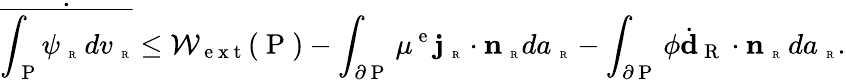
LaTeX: \dot{\overline{{\int_{\mathrm{~P~}}\! \psi_{\mathrm{~\tiny~R~}}\, dv_{\mathrm{~\tiny~R~}}}}}\le\mathcal{W}_{\mathrm{~e~x~t~}}(\mathrm{~P~})-\int_{\partial\mathrm{~P~}}\mu^{\mathrm{~e~}}{\mathbf j}_{\mathrm{~\tiny~R~}}\cdot{\mathbf n}_{\mathrm{~\tiny~R~}}da_{\mathrm{~\tiny~R~}}-\int_{\partial\mathrm{~P~}}\phi\dot{\textbf{d}}_{\mathrm{~R~}}\cdot{\mathbf n}_{\mathrm{~\tiny~R~}}\, da_{\mathrm{~\tiny~R~}}.